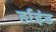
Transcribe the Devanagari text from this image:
र्हाइंड